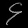
Digit: ၄